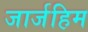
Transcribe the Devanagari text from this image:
जार्जहिम